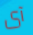
آى